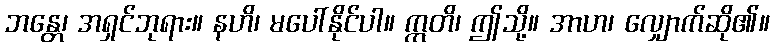
ဘန္တေ၊ အရှင်ဘုရား။ နဟိ၊ မပေါ်နိုင်ပါ။ ဣတိ၊ ဤသို့။ အာဟ၊ လျှောက်ဆို၏။